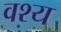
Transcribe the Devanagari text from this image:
वश्य